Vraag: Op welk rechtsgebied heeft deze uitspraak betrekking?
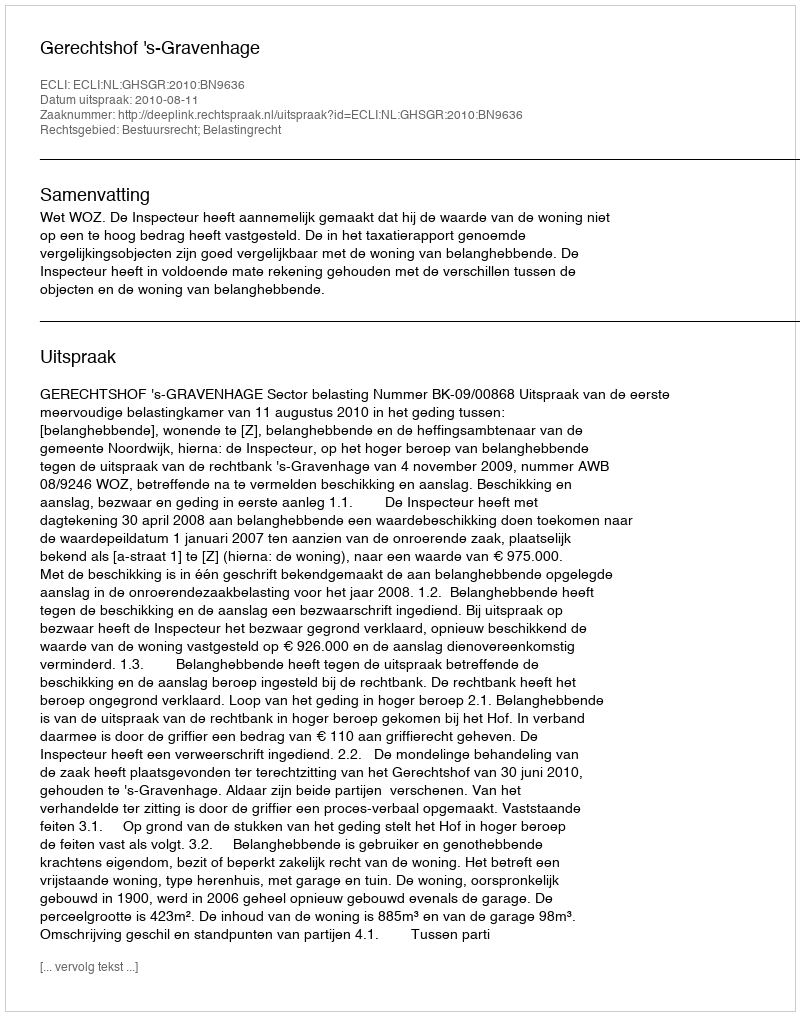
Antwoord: Bestuursrecht; Belastingrecht